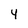
Character: 4